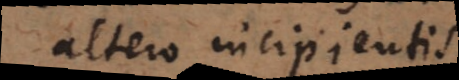
altero incipient